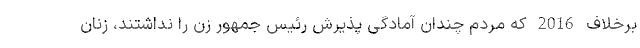
برخلاف 2016 که مردم چندان آمادگی پذیرش رئیس جمهور زن را نداشتند، زنان